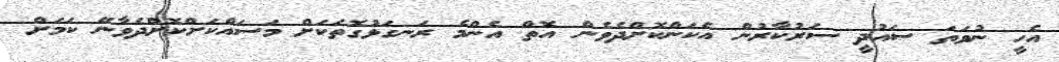
އެހީ ނުވަތަ ސައުދީ ސަރުކާރުން އެކަންކޮށްދެވެން އޮތް އެންމެ ރަނގަޅުގޮތަކަށް މަސައްކަށްކޮށްދެވާނޭ ކަމަށް